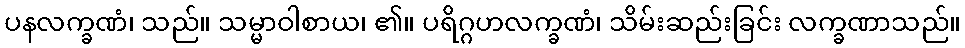
ပနလက္ခဏံ၊ သည်။ သမ္မာဝါစာယ၊ ၏။ ပရိဂ္ဂဟလက္ခဏံ၊ သိမ်းဆည်းခြင်း လက္ခဏာသည်။